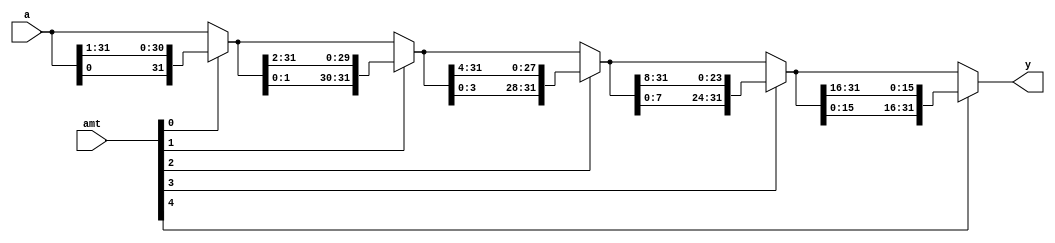
// Barrel shifter using multistage shifts

module barrel_shifter_stage_r_32b
    (
    input  wire[31:0] a,
    input  wire[4:0] amt,
    output wire[31:0] y
    );

    // signal declaration
    wire[31:0] s0, s1, s2, s3;

    // body
    // stage 0, shift 0 or 1 bit
    assign s0 = amt[0] ? {a[0], a[31:1]} : a;
    // stage 1, shift 0 or 2 bits
    assign s1 = amt[1] ? {s0[1:0], s0[31:2]} : s0;
    // stage 2, shift 0 or 4 bits
    assign s2 = amt[2] ? {s1[3:0], s1[31:4]} : s1;
    // stage 3, shift 0 or 8 bits
    assign s3 = amt[3] ? {s2[7:0], s2[31:8]} : s2;
    // stage 4, shift 0 or 16 bits
    assign y = amt[4] ? {s3[15:0], s3[31:16]} : s3;
    
endmodule